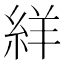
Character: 絴